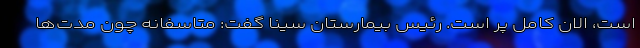
است، الان کامل پر است. رئیس بیمارستان سینا گفت: متاسفانه چون مدت‌ها